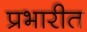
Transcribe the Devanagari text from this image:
प्रभारीत